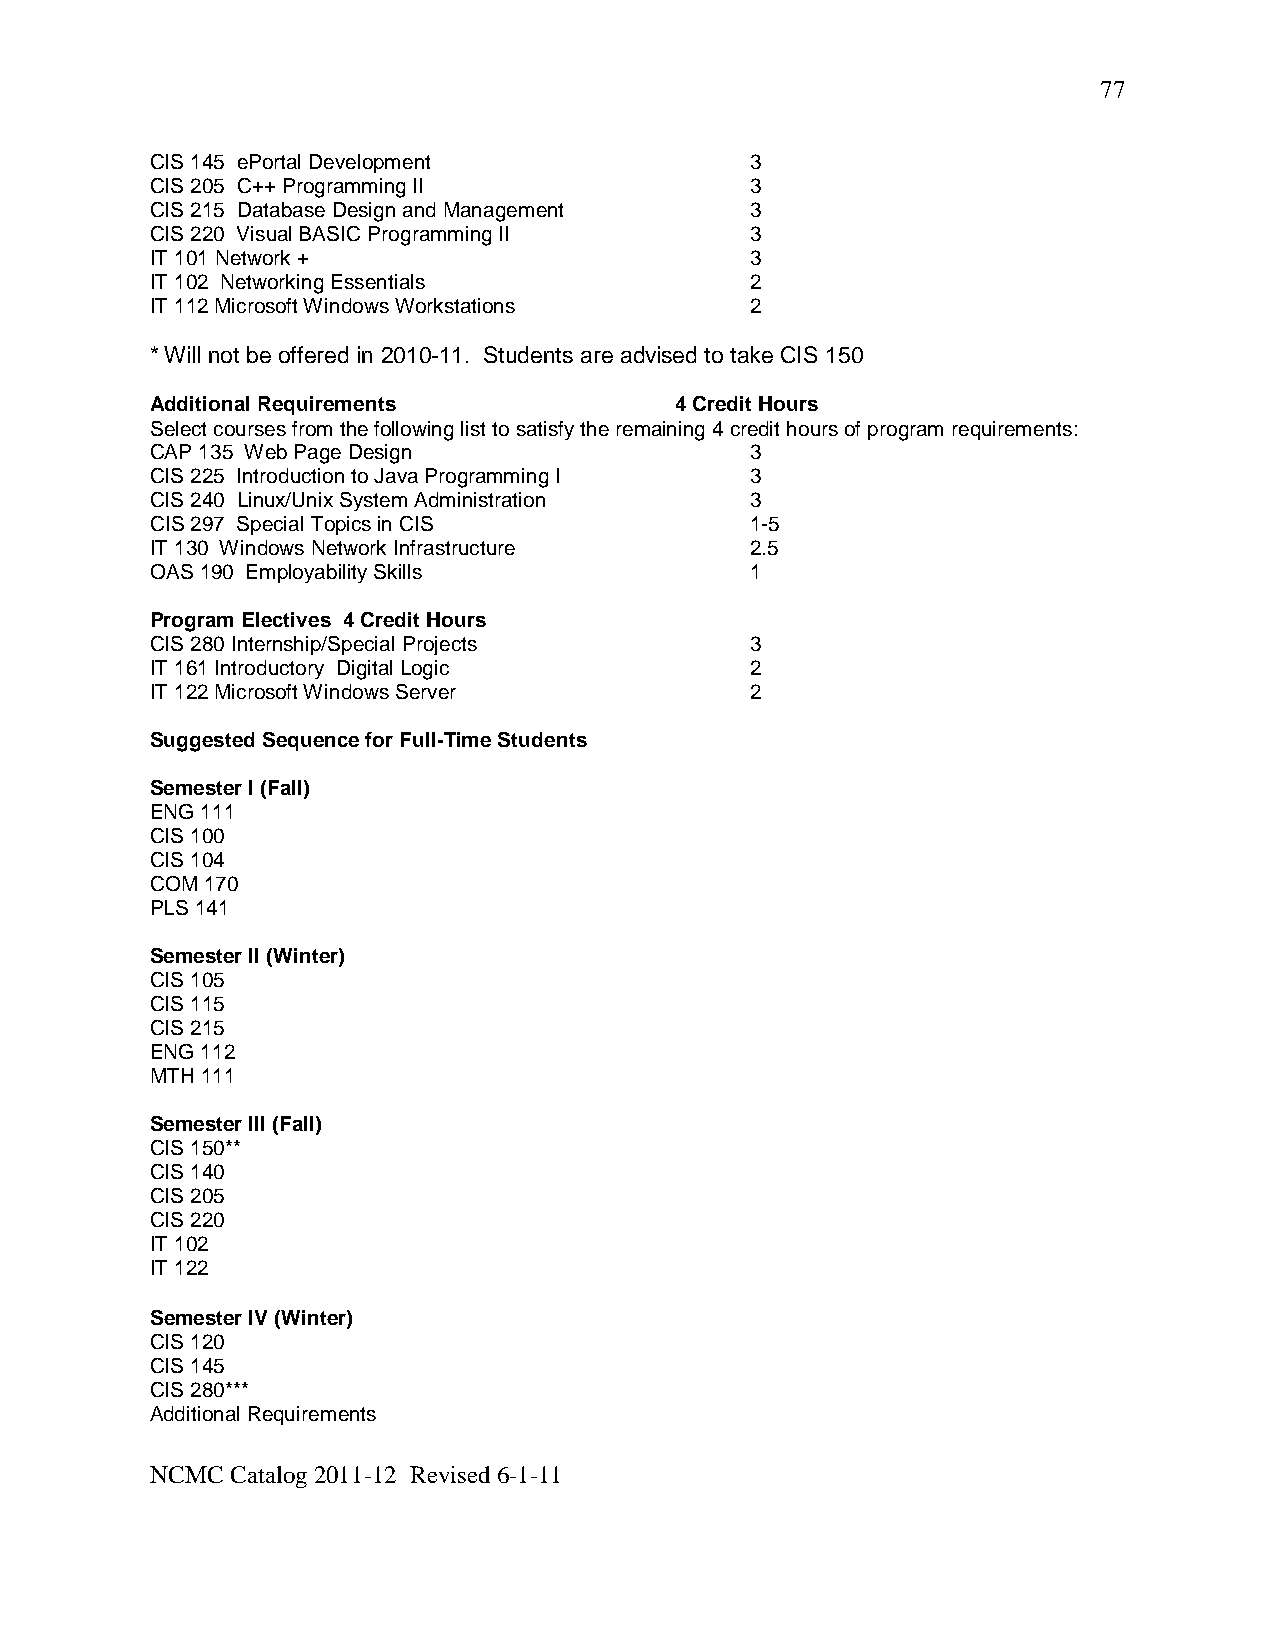
77
 CIS 145 ePortal Development             3
 CIS 205 C++ Programming II              3
 CIS 215 Database Design and Management  3
 CIS 220 Visual BASIC Programming II     3
 IT 101 Network +                        3
 IT 102 Networking Essentials            2
 IT 112 Microsoft Windows Workstations   2
 * Will not be offered in 2010-11. Students are advised to take CIS 150
 Additional Requirements            4 Credit Hours
 Select courses from the following list to satisfy the remaining 4 credit hours of program requirements:
 CAP 135 Web Page Design                 3
 CIS 225 Introduction to Java Programming I 3
 CIS 240 Linux/Unix System Administration 3
 CIS 297 Special Topics in CIS           1-5
 IT 130 Windows Network Infrastructure   2.5
 OAS 190 Employability Skills            1
 Program Electives 4 Credit Hours
 CIS 280 Internship/Special Projects     3
 IT 161 Introductory Digital Logic       2
 IT 122 Microsoft Windows Server         2
 Suggested Sequence for Full-Time Students
 Semester I (Fall)
 ENG 111
 CIS 100
 CIS 104
 COM 170
 PLS 141
 Semester II (Winter)
 CIS 105
 CIS 115
 CIS 215
 ENG 112
 MTH 111
 Semester III (Fall)
 CIS 150**
 CIS 140
 CIS 205
 CIS 220
 IT 102
 IT 122
 Semester IV (Winter)
 CIS 120
 CIS 145
 CIS 280***
 Additional Requirements
 NCMC Catalog 2011-12 Revised 6-1-11